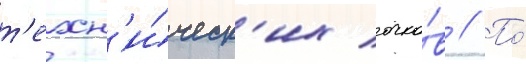
т'ехн'и́ческ'их очко́в // По́